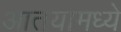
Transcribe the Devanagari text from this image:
आतयामध्ये